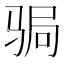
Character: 𩧺